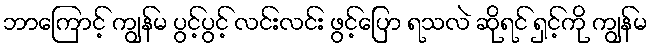
ဘာကြောင့် ကျွန်မ ပွင့်ပွင့် လင်းလင်း ဖွင့်ပြော ရသလဲ ဆိုရင် ရှင့်ကို ကျွန်မ